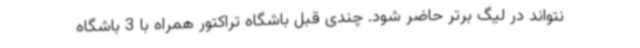
نتواند در لیگ برتر حاضر شود. چندی قبل باشگاه تراکتور همراه با 3 باشگاه